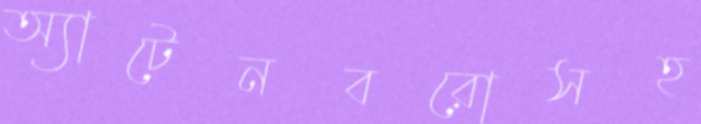
অ্যাটেনবরোসহ